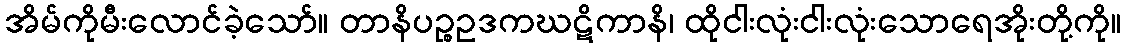
အိမ်ကိုမီးလောင်ခဲ့သော်။ တာနိပဉ္စဥဒကဃဋိကာနိ၊ ထိုငါးလုံးငါးလုံးသောရေအိုးတို့ကို။